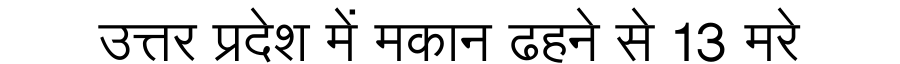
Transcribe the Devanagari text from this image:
उत्तर प्रदेश में मकान ढहने से 13 मरे